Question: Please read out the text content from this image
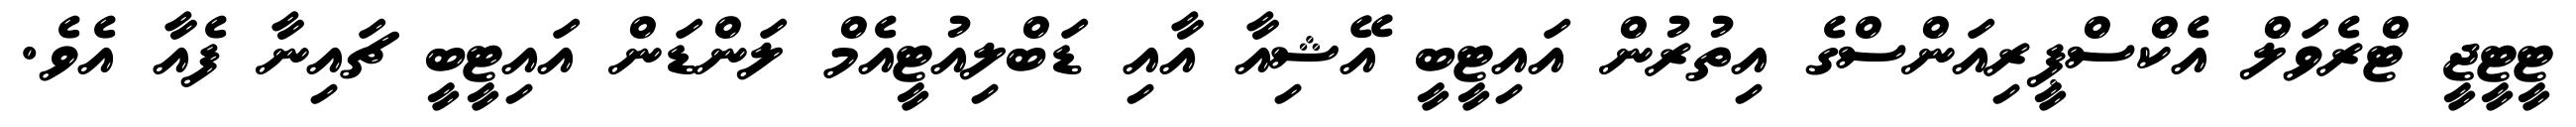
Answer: ޓީޓީޖީ ޓްރެވަލް އެކްސްޕީރިއަންސްގެ އިތުރުން އައިޓީބީ އޭޝިއާ އާއި ޑަބްލިއުޓީއެމް ލަންޑަން އައިޓީބީ ޗައިނާ ފެއާ އެވެ.